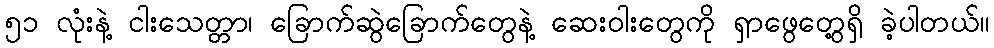
၅၁ လုံးနဲ့ ငါးသေတ္တာ၊ ခြောက်ဆွဲခြောက်တွေနဲ့ ဆေးဝါးတွေကို ရှာဖွေတွေ့ရှိ ခဲ့ပါတယ်။